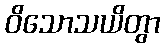
ဝိသောသယိတွာ